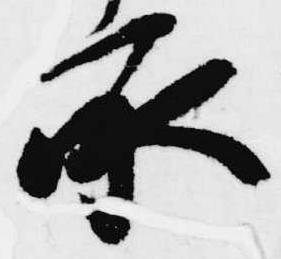
承